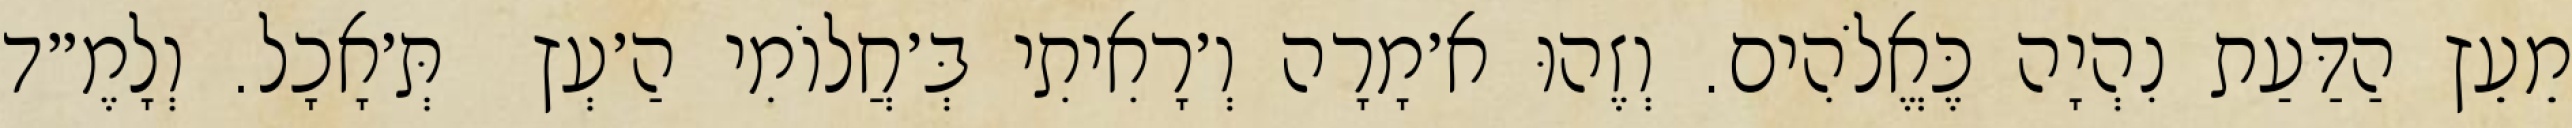
מֵעֵץ הַדַּעַת נִהְיָה כֶּאֱלֹהִים. וְזֶהוּ א׳מָרָה וְ׳רָאִיתִי בְּ׳חֲלוֹמִי הַ׳עְץ  תְּ׳אָכָל. וְלָמֶ״ד